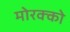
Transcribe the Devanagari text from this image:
मोरक्‍को